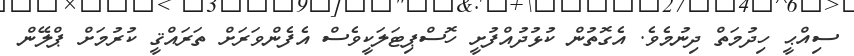
ސިއްޙީ ހިދުމަތް ދިނުމެވެ. އެގޮތުން ކުޅުދުއްފުށީ ހޮސްޕިޓަލަކީވެސް އެފެންވަރަށް ތަރައްޤީ ކުރުމަށް ޕްލޭން